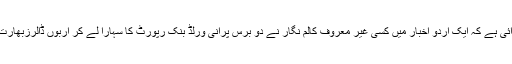
تازہ ترین دلیل یہ سامنے آئی ہے کہ ایک اردو اخبار میں کسی غیر معروف کالم نگار نے دو برس پرانی ورلڈ بنک رپورٹ کا سہارا لے کر اربوں ڈالرزبھارت بھیجنے کا معاملہ اٹھایا۔